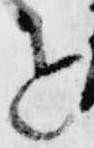
と